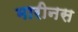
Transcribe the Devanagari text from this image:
मारीनस